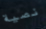
نصية